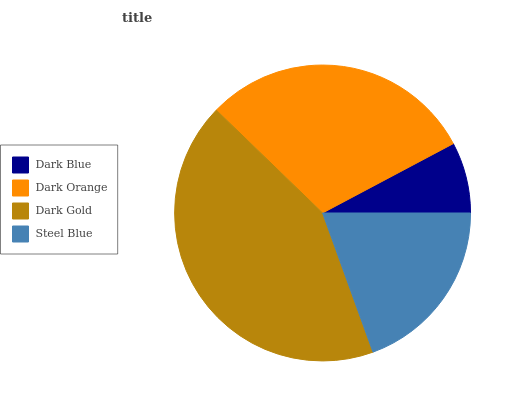
| Dark Blue | Dark Orange | Dark Gold | Steel Blue |
 | --- | --- | --- | --- |
 | 7.77% | 29.9% | 42.8% | 19.4% |